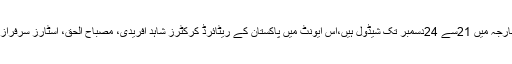
رواں سال مختصر ترین فارمیٹ ٹی 10 لیگ متعارف کرانے کا حتمی فیصلہ کیا جا چکا جب کہ مقابلے شارجہ میں 21سے 24دسمبر تک شیڈول ہیں،اس ایونٹ میں پاکستان کے ریٹائرڈ کرکٹرز شاہد آفریدی، مصباح الحق، اسٹارز سرفراز احمد، شعیب ملک، محمد عامر، بابر اعظم، احمد شہزاد اور فخرزمان سمیت کئی کھلاڑی شریک ہوںگے۔